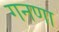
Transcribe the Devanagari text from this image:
गनणा